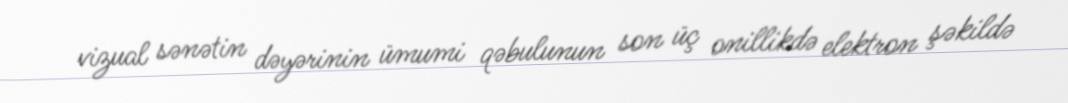
vizual sənətin dəyərinin ümumi qəbulunun son üç onillikdə elektron şəkildə